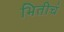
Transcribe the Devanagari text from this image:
भितीचं